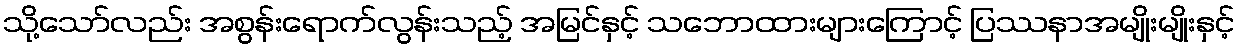
သို့သော်လည်း အစွန်းရောက်လွန်းသည့် အမြင်နှင့် သဘောထားများကြောင့် ပြဿနာအမျိုးမျိုးနှင့်